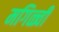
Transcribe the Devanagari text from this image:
मगिळ्ची